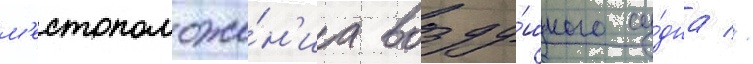
м'естоположе́н'иа возду́шного су́дна //